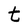
Character: t